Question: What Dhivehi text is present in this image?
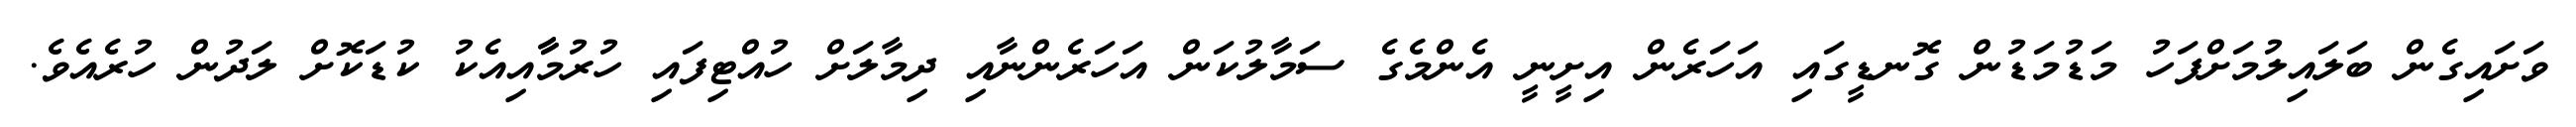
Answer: ވަށައިގެން ބަލައިލުމަށްފަހު މަޑުމަޑުން ގޮނޑީގައި އަހަރެން އިށީނީ އެންމެގެ ސަމާލުކަން އަހަރެންނާއި ދިމާލަށް ހުއްޓިފައި ހުރުމާާއިއެކު ކުޑަކޮށް ލަދުން ހުރެއެވެ.